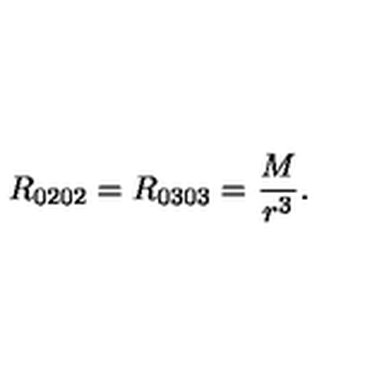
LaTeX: R _ { 0 2 0 2 } = R _ { 0 3 0 3 } = \frac M { r ^ { 3 } } .